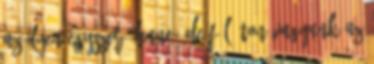
az ilyen egyszerű lenne, de fél úton vagyunk az